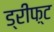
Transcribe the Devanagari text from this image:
ड्रीफ़्ट